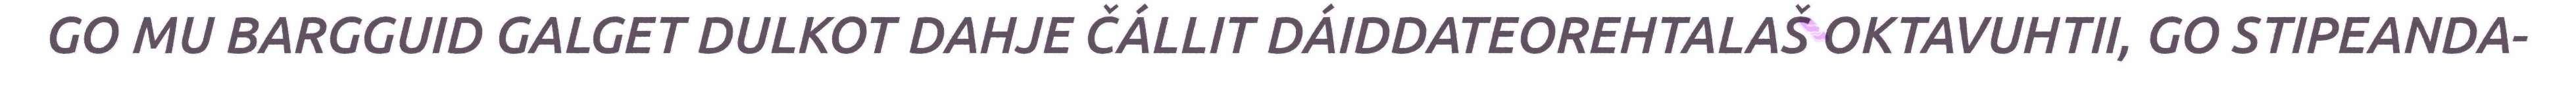
GO MU BARGGUID GALGET DULKOT DAHJE ČÁLLIT DÁIDDATEOREHTALAŠ OKTAVUHTII, GO STIPEANDA-